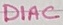
Text: DIAC